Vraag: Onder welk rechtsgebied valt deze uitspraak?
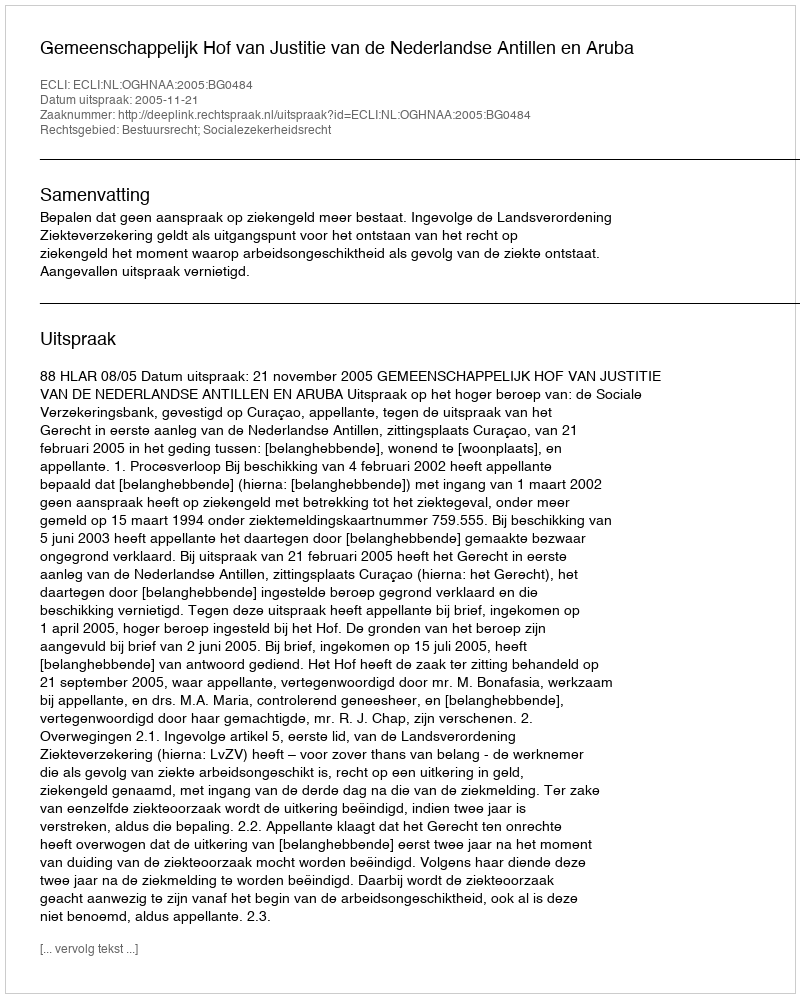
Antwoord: Bestuursrecht; Socialezekerheidsrecht